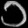
Digit: ၁